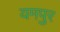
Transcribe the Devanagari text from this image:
यमपुर